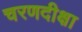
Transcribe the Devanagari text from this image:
चरणदीक्षा